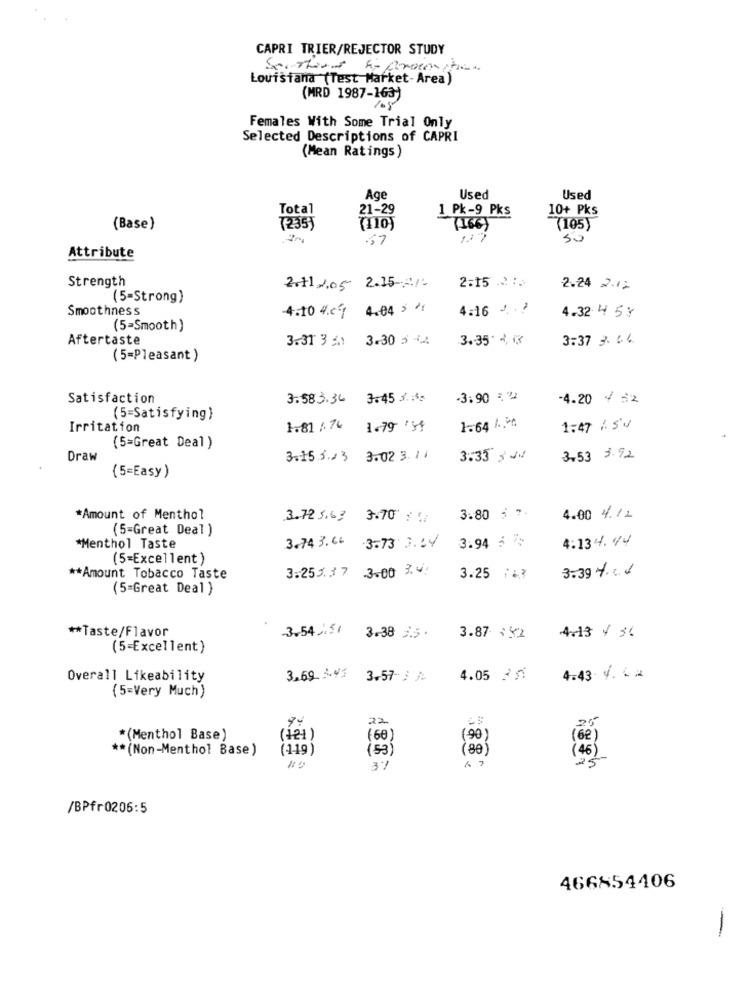
CAPRI TRIER/REJECTOR STUDY
Louisiana (Test Market- Area )
(MRD 1987-163)
1.5
Females With Some Trial Only
Selected Descriptions of CAPRI
(Mean Ratings)
Age
Used
Used
Total
21-29
1 Pk-9 Pks
10+ Pks
(Base)
(235)
(110)
(166)
(105)
.57
127
Attribute
Strength
2.11/05 2.15/
2:15 .2 :5
2.24 2.12
(5=Strong)
Smoothness
4.04 5
4:16 -. . ?
4.10 4.4
4.32 4 5%
(5=Smooth)
Aftertaste
3.31 3 : 3.30 5 44
3.35 -,
3:37 3. 04.
(5=Pleasant )
Satisfaction
3.583.34 3.45 3.
-3:90 ="
-4.20 4 22
(5=Satisfying)
Irritation
1.81 /74 1.79 51
1.64 LM
1:47 / SV
(5=Great Deal )
Draw
3.15.5.23 3.02 3.11
3.33 3 .
3.53 3.92
(5=Easy)
*Amount of Menthol
3.72 5.63 3.70 :
3.80 ; ?.
4.00 4. /1
(5=Great Deal )
3.74 3.64
4.134.94
*Menthol Taste
3.73 3.64
3.94 5 :
(5=Excellent)
3.253.17 .3.00 3.4
3.39 Y ....
** Amount Tobacco Taste
3.25 **?
(5=Great Deal )
** Taste/Flavor
3.54 ,151
4.13 4 56
3.38 5 .
3.87 : 32
(5=Excellent)
Overall Likeability
3.69 3.45
3.57 S /
4.05 3 51
4.43 4.12
(5=Very Much)
22
*(Menthol Base)
(+21)
(60)
(90)
(62)
** (Non-Menthol Base)
(119)
(53)
(80)
( 46)
/BPfr0206:5
466854406
-